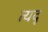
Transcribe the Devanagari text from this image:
त्यद्